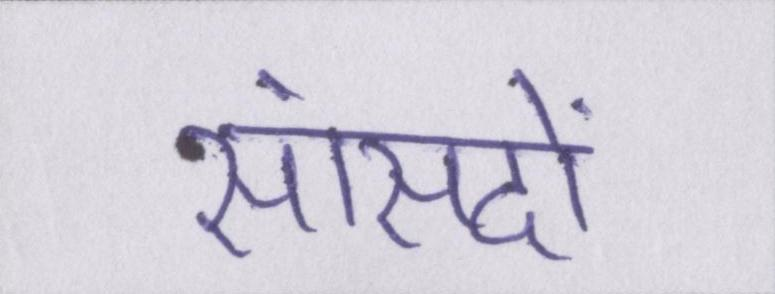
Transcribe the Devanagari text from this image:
सांसदों